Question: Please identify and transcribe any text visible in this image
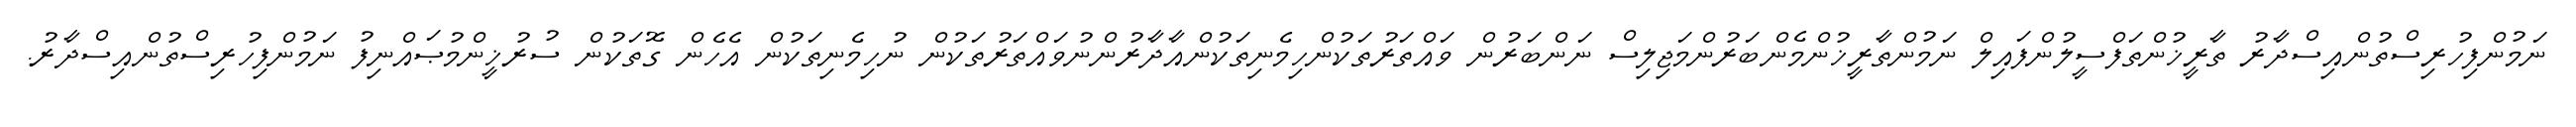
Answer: ނަމުންފިހުރިސްތުންއިސްދާރު ތާރީޚުންތަފްސީލުންފައިލް ނަމުންތާރީޚުންމެންބަރުންމަޖިލިސް ނަންބަރުން ވައްތަރުތަކުންހިމެނިތަކުންއާދާރުންނުވައްތަރުތަކުން ނުހިމެނިތަކުން އެހެން ގޮތަކުން ސުރުޚީންމުޞައްނިފު ނަމުންފިހުރިސްތުންއިސްދާރު.